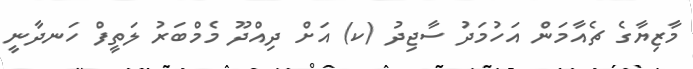
މާޒިޔާގެ ޗެއާމަން އަހުމަދު ސާޖިދު (ކ) އަށް ދިއްދޫ މެމްބަރު ލަތީފް ހަނދާނީ